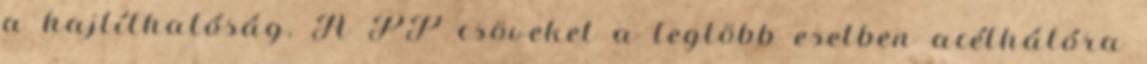
a hajlíthatóság. A PP csöveket a legtöbb esetben acélhálóra